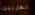
الهاربين